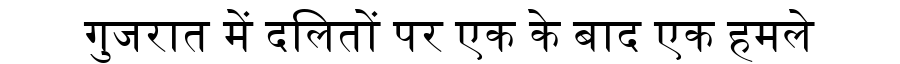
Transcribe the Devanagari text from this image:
गुजरात में दलितों पर एक के बाद एक हमले